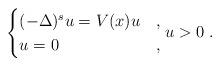
LaTeX: \begin{align*}\begin{cases}(-\Delta)^s u=V(x) u & , \\u=0 & ,\end{cases} u>0\; {}. \end{align*}